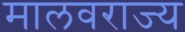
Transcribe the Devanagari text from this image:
मालवराज्य